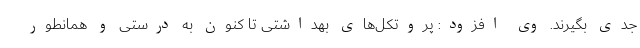
جدی بگیرند. وی افزود: پروتکل‌های بهداشتی تا کنون به درستی و همانطور